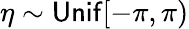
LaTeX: \eta\sim\mathsf{Unif}[-\pi,\pi)